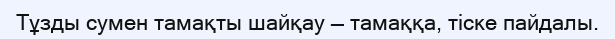
Тұзды сумен тамақты шайқау — тамаққа, тіске пайдалы.